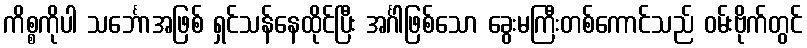
ကိစ္စကိုပါ သင်္ဘောအဖြစ် ရှင်သန်နေထိုင်ပြီး အင်္ဂါဖြစ်သော ခွေးမကြီးတစ်ကောင်သည် ဝမ်းဗိုက်တွင်